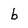
Character: b